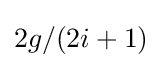
2g/(2i+1)